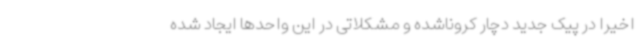
اخیرا در پیک جدید دچار کروناشده و مشکلاتی در این واحدها ایجاد شده